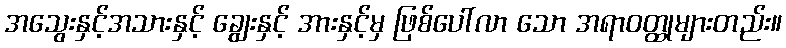
အသွေးနှင့်အသားနှင့် ချွေးနှင့် အားနှင့်မှ ဖြစ်ပေါ်လာ သော အရာဝတ္ထုများတည်း။